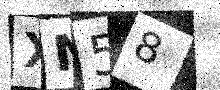
Text: XN58